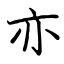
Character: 亦